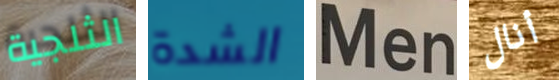
الثلجية الشدة Men أنال